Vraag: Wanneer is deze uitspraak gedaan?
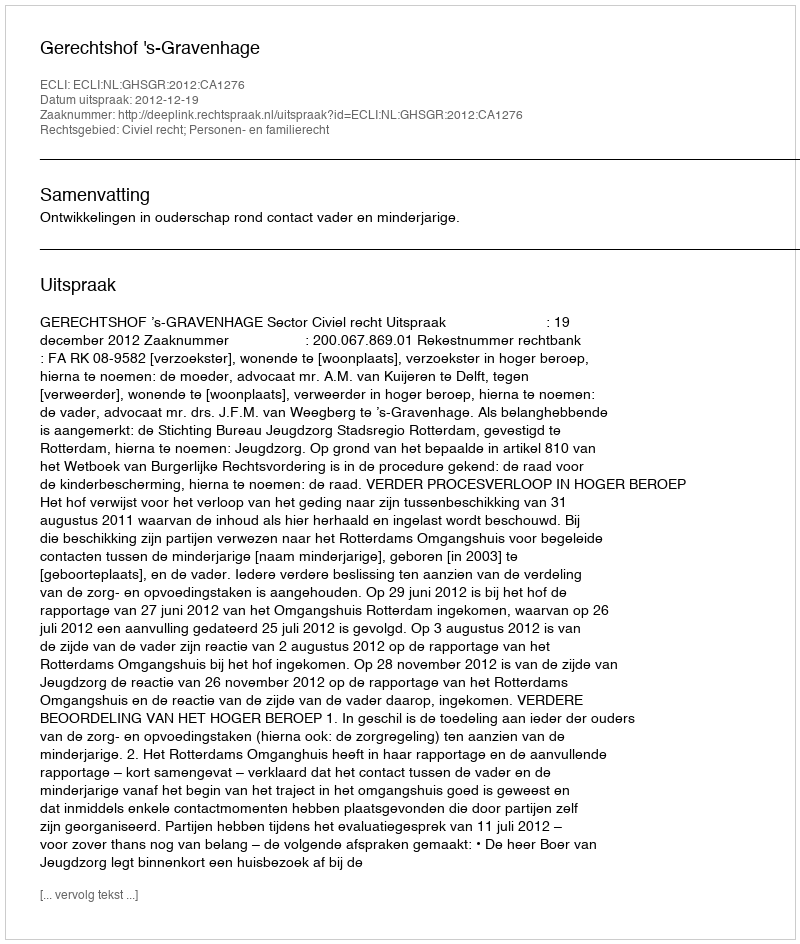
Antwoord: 2012-12-19